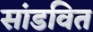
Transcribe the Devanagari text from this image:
सांडवित